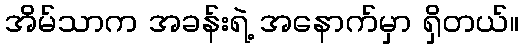
အိမ်သာက အခန်းရဲ့ အနောက်မှာ ရှိတယ်။